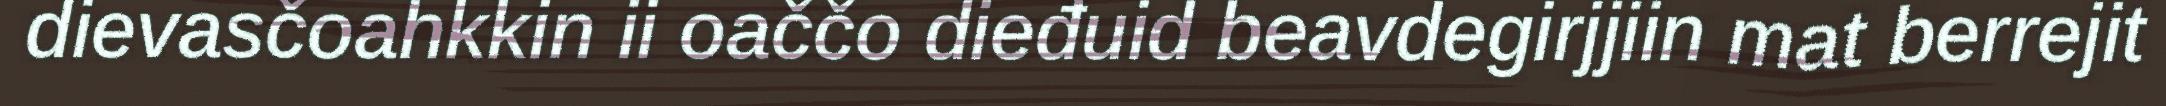
dievasčoahkkin ii oaččo dieđuid beavdegirjjiin mat berrejit